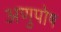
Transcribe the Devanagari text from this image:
अणुपोष